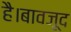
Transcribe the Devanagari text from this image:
है।बावजूद